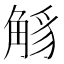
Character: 𧣭